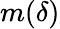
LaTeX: m(\delta)